Report of the King Institute of Preventive Medicine, Guindy
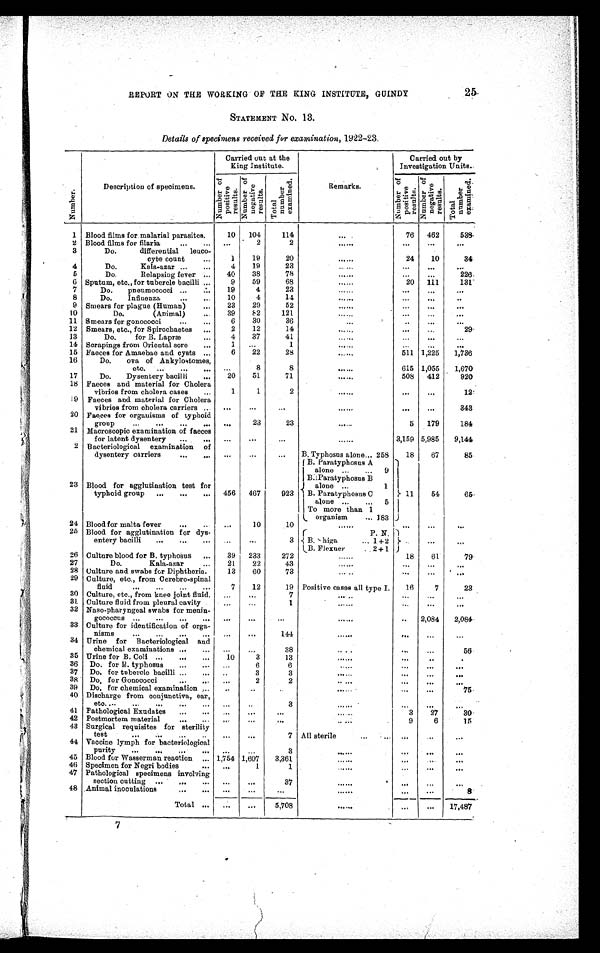
25.
REPORT ON THE WORKING OF THE KING INSTITUTE, GUINDY
STATEMENT No. 13.
Details of specimens received for examination, 1922-23.
Nu mb e r .
Description of specimens.
Carried out at the
King Institute.
Remarks.
Carried out by
Investigation Units.
T o t a l n u m b e r e x a m i n e d .
N u m b e r o f p o s i t i v e r e s u l t s .
N u m b e r o f n e g a t i v e r e s u l t s .
T o t a l n u mb e r e x a mi n e d .
N u m b e r o f p o s i t i v e r e s u l t s .
N u m b e r o f n e g a t i v e r e s u l t s .
1 Blood films for malarial parasites . . .
10
104
114
. . .
76
462
53 8
2 Blood films for filaria . . .
. . .
2
2
. . .
. . .
. . .
. . .
3
Do. differential
leuco -
cyte count . . .
1
19
20
. . .
24
10
34
4
Do. Kala-azar . . .
4
19
23
. . .
. . .
. . .
. . .
5
Do. Relapsing fever . . .
40
38
78
. . .
. . . . . .
226
6 Sputum, etc., for tabercle bacilli . . .
9
59
68
. . .
20
111
131
7
Do pneumococci . . .
19
4
23
. . .
. . .
. . .
. . .
8
Do Influenza
. . .
10
4
14
. . .
. . .
. . .
. . .
9 Smears for plague (Human) . . .
23
29
52
. . .
. . .
. . .
. . .
10
Do. (Animal) . . .
39
82
121
. . .
. . .
. . .
. . .
11 Smears for gonococci . . .
6
30
36
. . .
. . . . . .
. . .
12 Smears, etc., for Spirochaetes . . .
2
12
14
. . .
. . .
. . .
29
13
Do. for B. Lapræ . . .
4
37
41
. . .
. . . . . .
. . .
14 Scrapings from Oriental sore . . .
1
. . .
1
. . .
. . . . . .
. . .
15 Faeces for Amaebae and cysts . . .
6
22
28
. . .
511 1,225
1,736
16
Do. ova of Ankylostomes,
etc. . . .
. . .
8
8
. . .
615 1,055
1,670
17
Do. Dysentery bacilli . . .
20
51
71
. . .
508
412
920
18 Faeces and material for Cholera
vibrios from cholera cases . . .
1
1
2
. . .
. . .
. . .
12
19 Faeces and material for Cholera
vibrios from cholera carriers . . .
. . .
. . .
. . .
. . .
. . .
. . .
343
20 Faeces for organisms of typhoid
group . . .
. . .
23
23
. . .
5
179
184
21 Macroscopic examination of faeces
for latent dysentery . . .
. . .
. . .
. . .
. . .
3,159 5,985
9,144
22 Bacteriological examination of
dysentery carriers . . .
. . .
. . .
. . .
B. Typhosus alone . . . 258
18
67
85
23 Blood for agglutination test for
typhoid group . . .
456
467
923
B. Paratyphosus A
alone
. . .
9
B. Paratyphosus B
alone . . .
1
B. Paratyphosus C
alone . . .
5
11
54
65
To more than
organism . . .
183
24 Blood for malta fever . . .
. . .
10
10
. . .
. . .
. . .
. . .
25 Blood for agglutination for dys-
entery bacilli . . .
. . .
. . .
3
P. N.
. . .
. . .
. . .
B. S higa . . . 1 +2
2 + 1
B.. Flexuer . . .
26 Culture blood for B. typhosus . . .
39
233
272
. . .
18
61
79
27
Do. Kala-azar . . .
21
22
43
. . .
. . .
. . .
. . .
28 Culture and swabs for Diphtheria.
13
60
73
. . .
. . .
. . .
. . .
29 Culture, etc., from Cerebro-spinal
fluid . . .
7
12
19 Positive cases all type I.
16
7
23
30 Culture, etc., from knee joint fluid..
. . .
. . .
7
. . .
. . .
. . .
. . .
3 1 Culture fluid from pleural cavity
. . .
. . .
1
. . .
. . .
. . .
. . .
32 Naso-pharyngeal swabs for menin -
gococcus . . .
. . .
. . .
. . .
. . .
. . . 2,084
2,084
33 Culture for identification of orga -
nisms . . .
. . .
. . .
144
. . .
. . .
. . .
. . .
34 Urine for Bacteriological and
chemical examinations . . .
. . .
. . .
38
. . .
. . .
. . .
56
35 Urine for B. Coli . . .
10
3
13
. . .
. . .
. . .
. . .
36
Do. for B.. typhosus . . .
. . .
6
6
. . .
. . .
. . .
. . .
37
Do..for tubercle bacilli . . .
. . .
3
3
. . .
. . .
. . .
. . .
38
Do. for Gonococci
. . .
. . .
2
2
. . .
. . .
. . .
. . .
39
Do, for chemical examination . . .
. . .
. . .
. . .
. . .
. . .
. . .
75.
40 Discharge from conjunctiva, ear,
etc.
. . .
. . .
. . .
3
. . .
. . .
. . .
. . .
41 Pathological Exudates . . .
. . .
. . .
. . .
. . .
3
27
30
42 Postmortem materia . . .
. . .
. . .
. . .
. . .
9
6
15
43 Surgical requisites for sterility
test . . .
. . .
. . .
7 All sterile . . .
. . .
. . .
. . .
44 Vaccine lymph for bacteriological
purity . . .
. . .
. . .
3
. . .
. . .
. . .
. . .
45 Blood for Wasserman reaction . . . 1,754 1,607
3,361
. . .
. . .
. . .
. . .
46 Specimen for Negri bodies . . .
. . .
. . .
. . .
. . .
. . .
. . .
. . .
47 Pathological specimens involving
section cutting . . .
. . .
. . .
37
. . .
. . . . . .
. . .
48 Animal inoculations
. . .
. . .
. . .
. . .
. . .
. . . . . .
. . .
Total
. . .
. . .
. . .
5,708
. . .
. . .
. . .
17,487
7